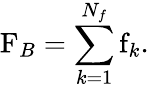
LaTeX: \mathrm{F}_{B}=\sum_{k=1}^{N_{f}}\mathrm{f}_{k}.